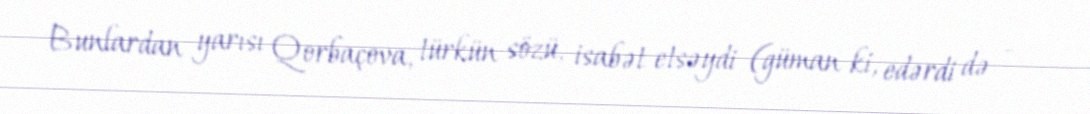
Bunlardan yarısı Qorbaçova, türkün sözü, isabət etsəydi (güman ki, edərdi də -